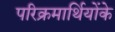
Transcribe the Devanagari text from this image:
परिक्रमार्थियोंके